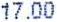
17.00